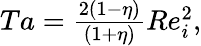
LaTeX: \begin{array}{r}{Ta=\frac{2(1-\eta)}{(1+\eta)}Re_{i}^{2},}\end{array}